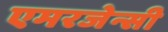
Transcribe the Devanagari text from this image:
एमरजेन्सी